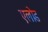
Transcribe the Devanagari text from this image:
एलोड